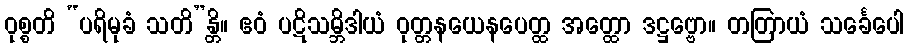
ဝုစ္စတိ “ပရိမုခံ သတိ”န္တိ။ ဧဝံ ပဋိသမ္ဘိဒါယံ ဝုတ္တနယေနပေတ္ထ အတ္ထော ဒဋ္ဌဗ္ဗော။ တတြာယံ သင်္ခေပေါ